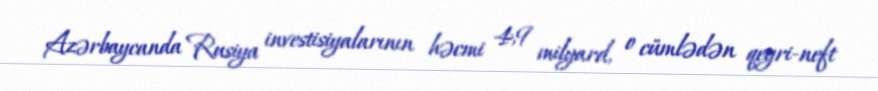
Azərbaycanda Rusiya investisiyalarının həcmi 4,9 milyard, o cümlədən qeyri-neft